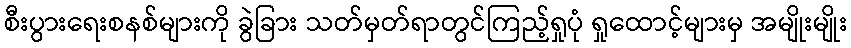
စီးပွားရေးစနစ်များကို ခွဲခြား သတ်မှတ်ရာတွင်ကြည့်ရှုပုံ ရှုထောင့်များမှ အမျိုးမျိုး